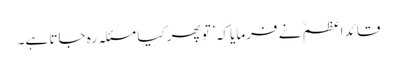
قائد اعظم ؒ نے فرمایا کہ’ تو پھر کیا مسئلہ رہ جاتا ہے۔